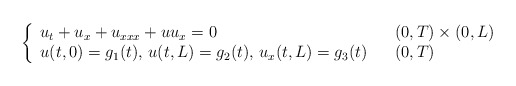
\begin{align*}\left\{\begin{array}[c]{lll}u_{t}+u_{x}+u_{xxx}+uu_{x}=0 & & ( 0,T) \times(0,L) \\u( t,0) =g_{1}(t),\,u( t,L) =g_{2}(t),\,u_{x}(t,L) =g_{3}(t) & & ( 0,T) \end{array}\right. \end{align*}